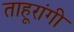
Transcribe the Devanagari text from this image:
ताहूरांगी